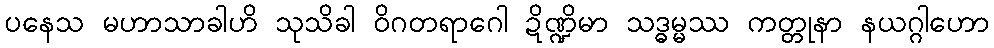
ပနေသ မဟာသာခါဟိ သုသိခါ ဝိဂတရာဂေါ ဍိဏ္ဍိမာ သဒ္ဓမ္မဿ ကတ္တုနာ နယဂ္ဂါဟော